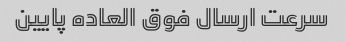
سرعت ارسال فوق العاده پایین